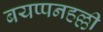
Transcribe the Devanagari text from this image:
बयप्पनहल्ली